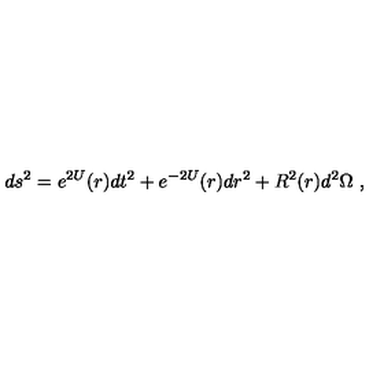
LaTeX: d s ^ { 2 } = e ^ { 2 U } ( r ) d t ^ { 2 } + e ^ { - 2 U } ( r ) d r ^ { 2 } + R ^ { 2 } ( r ) d ^ { 2 } \Omega \ ,